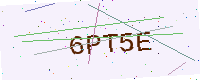
Text: 6PT5E